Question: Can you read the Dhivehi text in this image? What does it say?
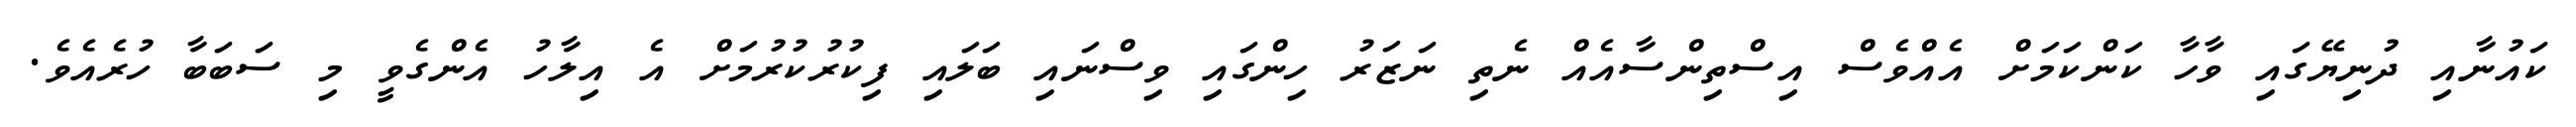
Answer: ކައުނާއި ދުނިޔޭގައި ވާހާ ކަންކަމަށް އެއްވެސް އިސްތިންސާއެއް ނެތި ނަޒަރު ހިންގައި ވިސްނައި ބަލައި ފިކުރުކުރުމަށް އެ އިލާހު އެންގެވީ މި ސަބަބާ ހުރެއެވެ.